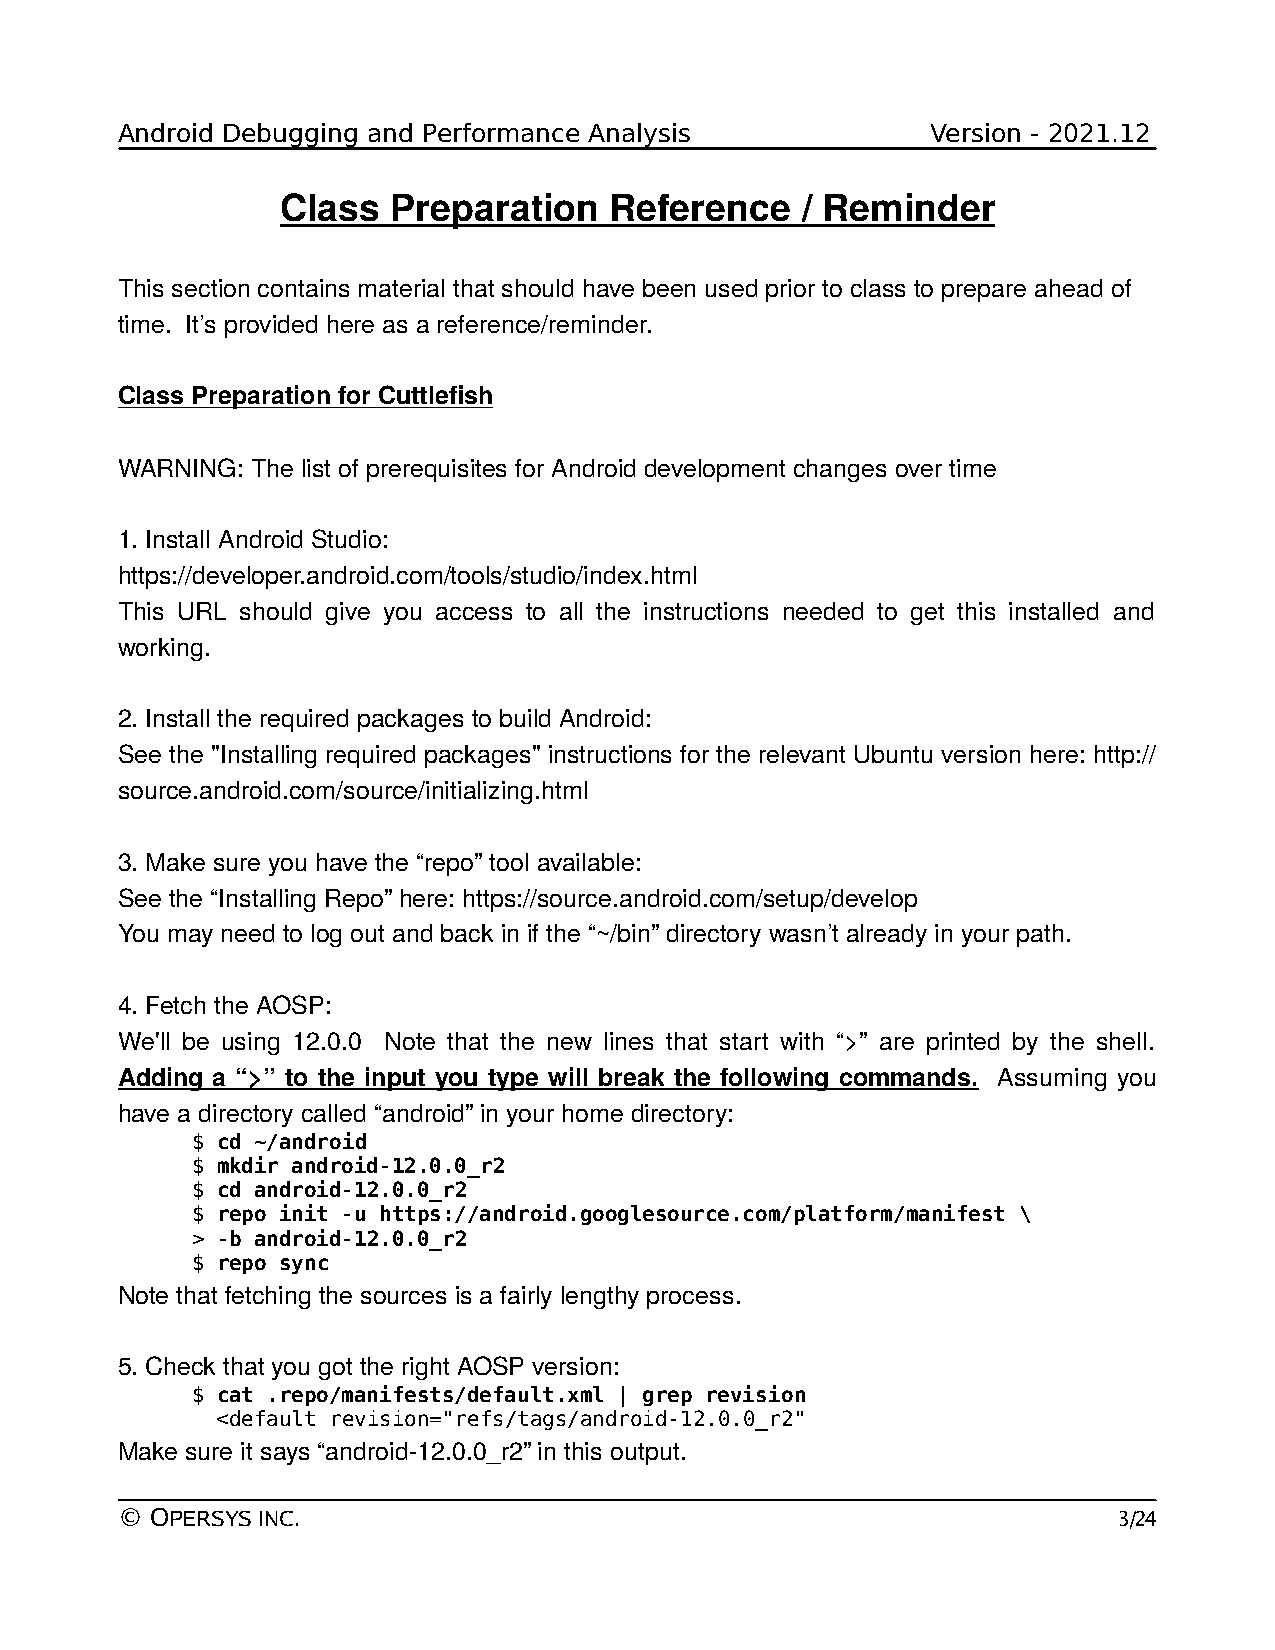
Android Debugging and Performance Analysis            Version - 2021.12
 Class  Preparation   Reference    / Reminder
 This section contains material that should have been used prior to class to prepare ahead of
 time. It’s provided here as a reference/reminder.
 Class Preparation for Cuttlefish
 WARNING: The list of prerequisites for Android development changes over time
 1. Install Android Studio:
 https://developer.android.com/tools/studio/index.html
 This URL should give you access to all the instructions needed to get this installed and
 working.
 2. Install the required packages to build Android:
 See the "Installing required packages" instructions for the relevant Ubuntu version here: http://
 source.android.com/source/initializing.html
 3. Make sure you have the “repo” tool available:
 See the “Installing Repo” here: https://source.android.com/setup/develop
 You may need to log out and back in if the “~/bin” directory wasn’t already in your path.
 4. Fetch the AOSP:
 We'll be using 12.0.0 Note that the new lines that start with “>” are printed by the shell.
 Adding a “>” to the input you type will break the following commands. Assuming you
 have a directory called “android” in your home directory:
 $ cd ~/android
 $ mkdir android-12.0.0_r2
 $ cd android-12.0.0_r2
 $ repo init -u https://android.googlesource.com/platform/manifest \
 > -b android-12.0.0_r2
 $ repo sync
 Note that fetching the sources is a fairly lengthy process.
 5. Check that you got the right AOSP version:
 $ cat .repo/manifests/default.xml | grep revision
 <default revision="refs/tags/android-12.0.0_r2"
 Make sure it says “android-12.0.0_r2” in this output.
 © OPERSYS INC.                                                    3/24